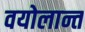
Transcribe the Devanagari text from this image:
वयोलान्त